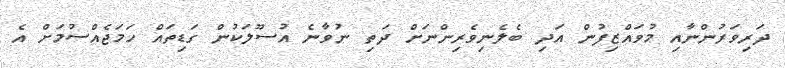
ދަރިވަރުންނާއި މުވައްޒިފުން އަދި ބެލެނިވެރިންނަށް ދަތި ނުވާނެ އުސޫލަކުން ގަޑިތައް ހަމަޖެއްސުމަށް އެ